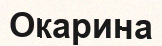
Окарина